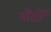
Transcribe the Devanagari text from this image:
नोसेरे